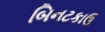
બિનટકાઉ